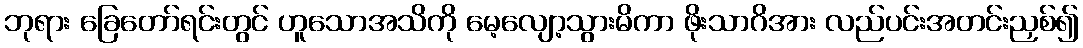
ဘုရား ခြေတော်ရင်းတွင် ဟူသောအသိကို မေ့လျော့သွားမိကာ ဖိုးသာဂိအား လည်ပင်းအတင်းညှစ်၍